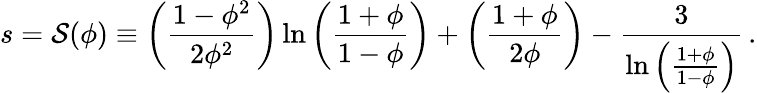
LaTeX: s={\cal S}(\phi)\equiv\left(\frac{1-\phi^{2}}{2\phi^{2}}\right)\ln\left(\frac{1+\phi}{1-\phi}\right)+\left(\frac{1+\phi}{2\phi}\right)-\frac{3}{\ln\left(\frac{1+\phi}{1-\phi}\right)}\, .